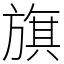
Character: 旗